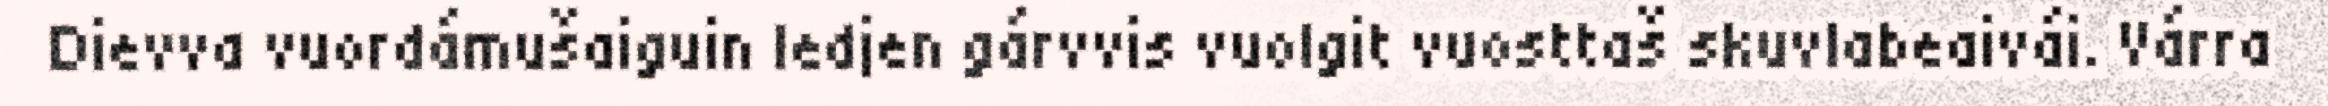
Dievva vuordámušaiguin ledjen gárvvis vuolgit vuosttaš skuvlabeaivái. Várra